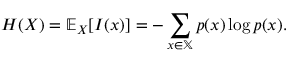
H ( X ) = \mathbb { E } _ { X } [ I ( x ) ] = - \sum _ { x \in \mathbb { X } } p ( x ) \log p ( x ) .